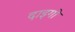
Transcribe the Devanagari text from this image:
दाइगो